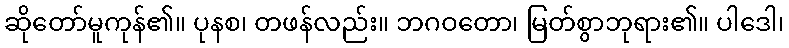
ဆိုတော်မူကုန်၏။ ပုနစ၊ တဖန်လည်း။ ဘဂဝတော၊ မြတ်စွာဘုရား၏။ ပါဒေါ၊